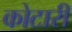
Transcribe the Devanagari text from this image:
कोटारी